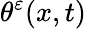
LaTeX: \theta^{\varepsilon}(x,t)